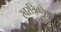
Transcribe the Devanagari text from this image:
स्वरत्रिकोण